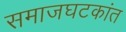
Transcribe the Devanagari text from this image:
समाजघटकांत